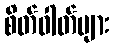
စိတ်ဓါတ်များ